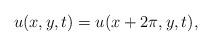
LaTeX: \begin{align*} u(x, y, t)= u(x+ 2\pi, y, t),\end{align*}